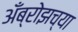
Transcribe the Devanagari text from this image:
अँब्रोझच्या